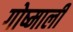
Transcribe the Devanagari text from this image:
गोष्माली